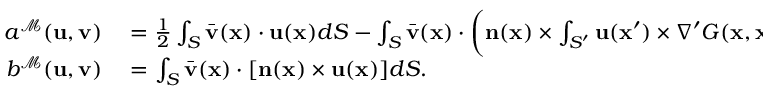
\begin{array} { r l } { a ^ { \mathcal { M } } ( \mathbf { u } , \mathbf { v } ) } & { { } { } = \frac { 1 } { 2 } \int _ { S } \bar { \mathbf { v } } ( \mathbf { x } ) \cdot \mathbf { u } ( \mathbf { x } ) d S - \int _ { S } \bar { \mathbf { v } } ( \mathbf { x } ) \cdot \bigg ( \mathbf { n } ( \mathbf { x } ) \times \int _ { S ^ { \prime } } \mathbf { u } ( \mathbf { x } ^ { \prime } ) \times \nabla ^ { \prime } G ( \mathbf { x } , \mathbf { x } ^ { \prime } ) d S ^ { \prime } \bigg ) d S , } \\ { b ^ { \mathcal { M } } ( \mathbf { u } , \mathbf { v } ) } & { { } { } = \int _ { S } \bar { \mathbf { v } } ( \mathbf { x } ) \cdot [ \mathbf { n } ( \mathbf { x } ) \times \mathbf { u } ( \mathbf { x } ) ] d S . } \end{array}